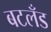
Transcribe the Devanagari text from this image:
बटलँड